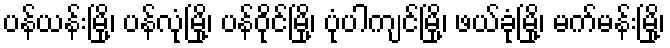
ပန်ယန်းမြို့၊ ပန်လုံမြို့၊ ပန်ဝိုင်မြို့၊ ပုံပါကျင်မြို့၊ ဖယ်ခုံမြို့၊ မက်မန်းမြို့၊